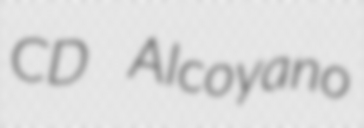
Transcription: CD Alcoyano